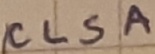
Text: CLSA